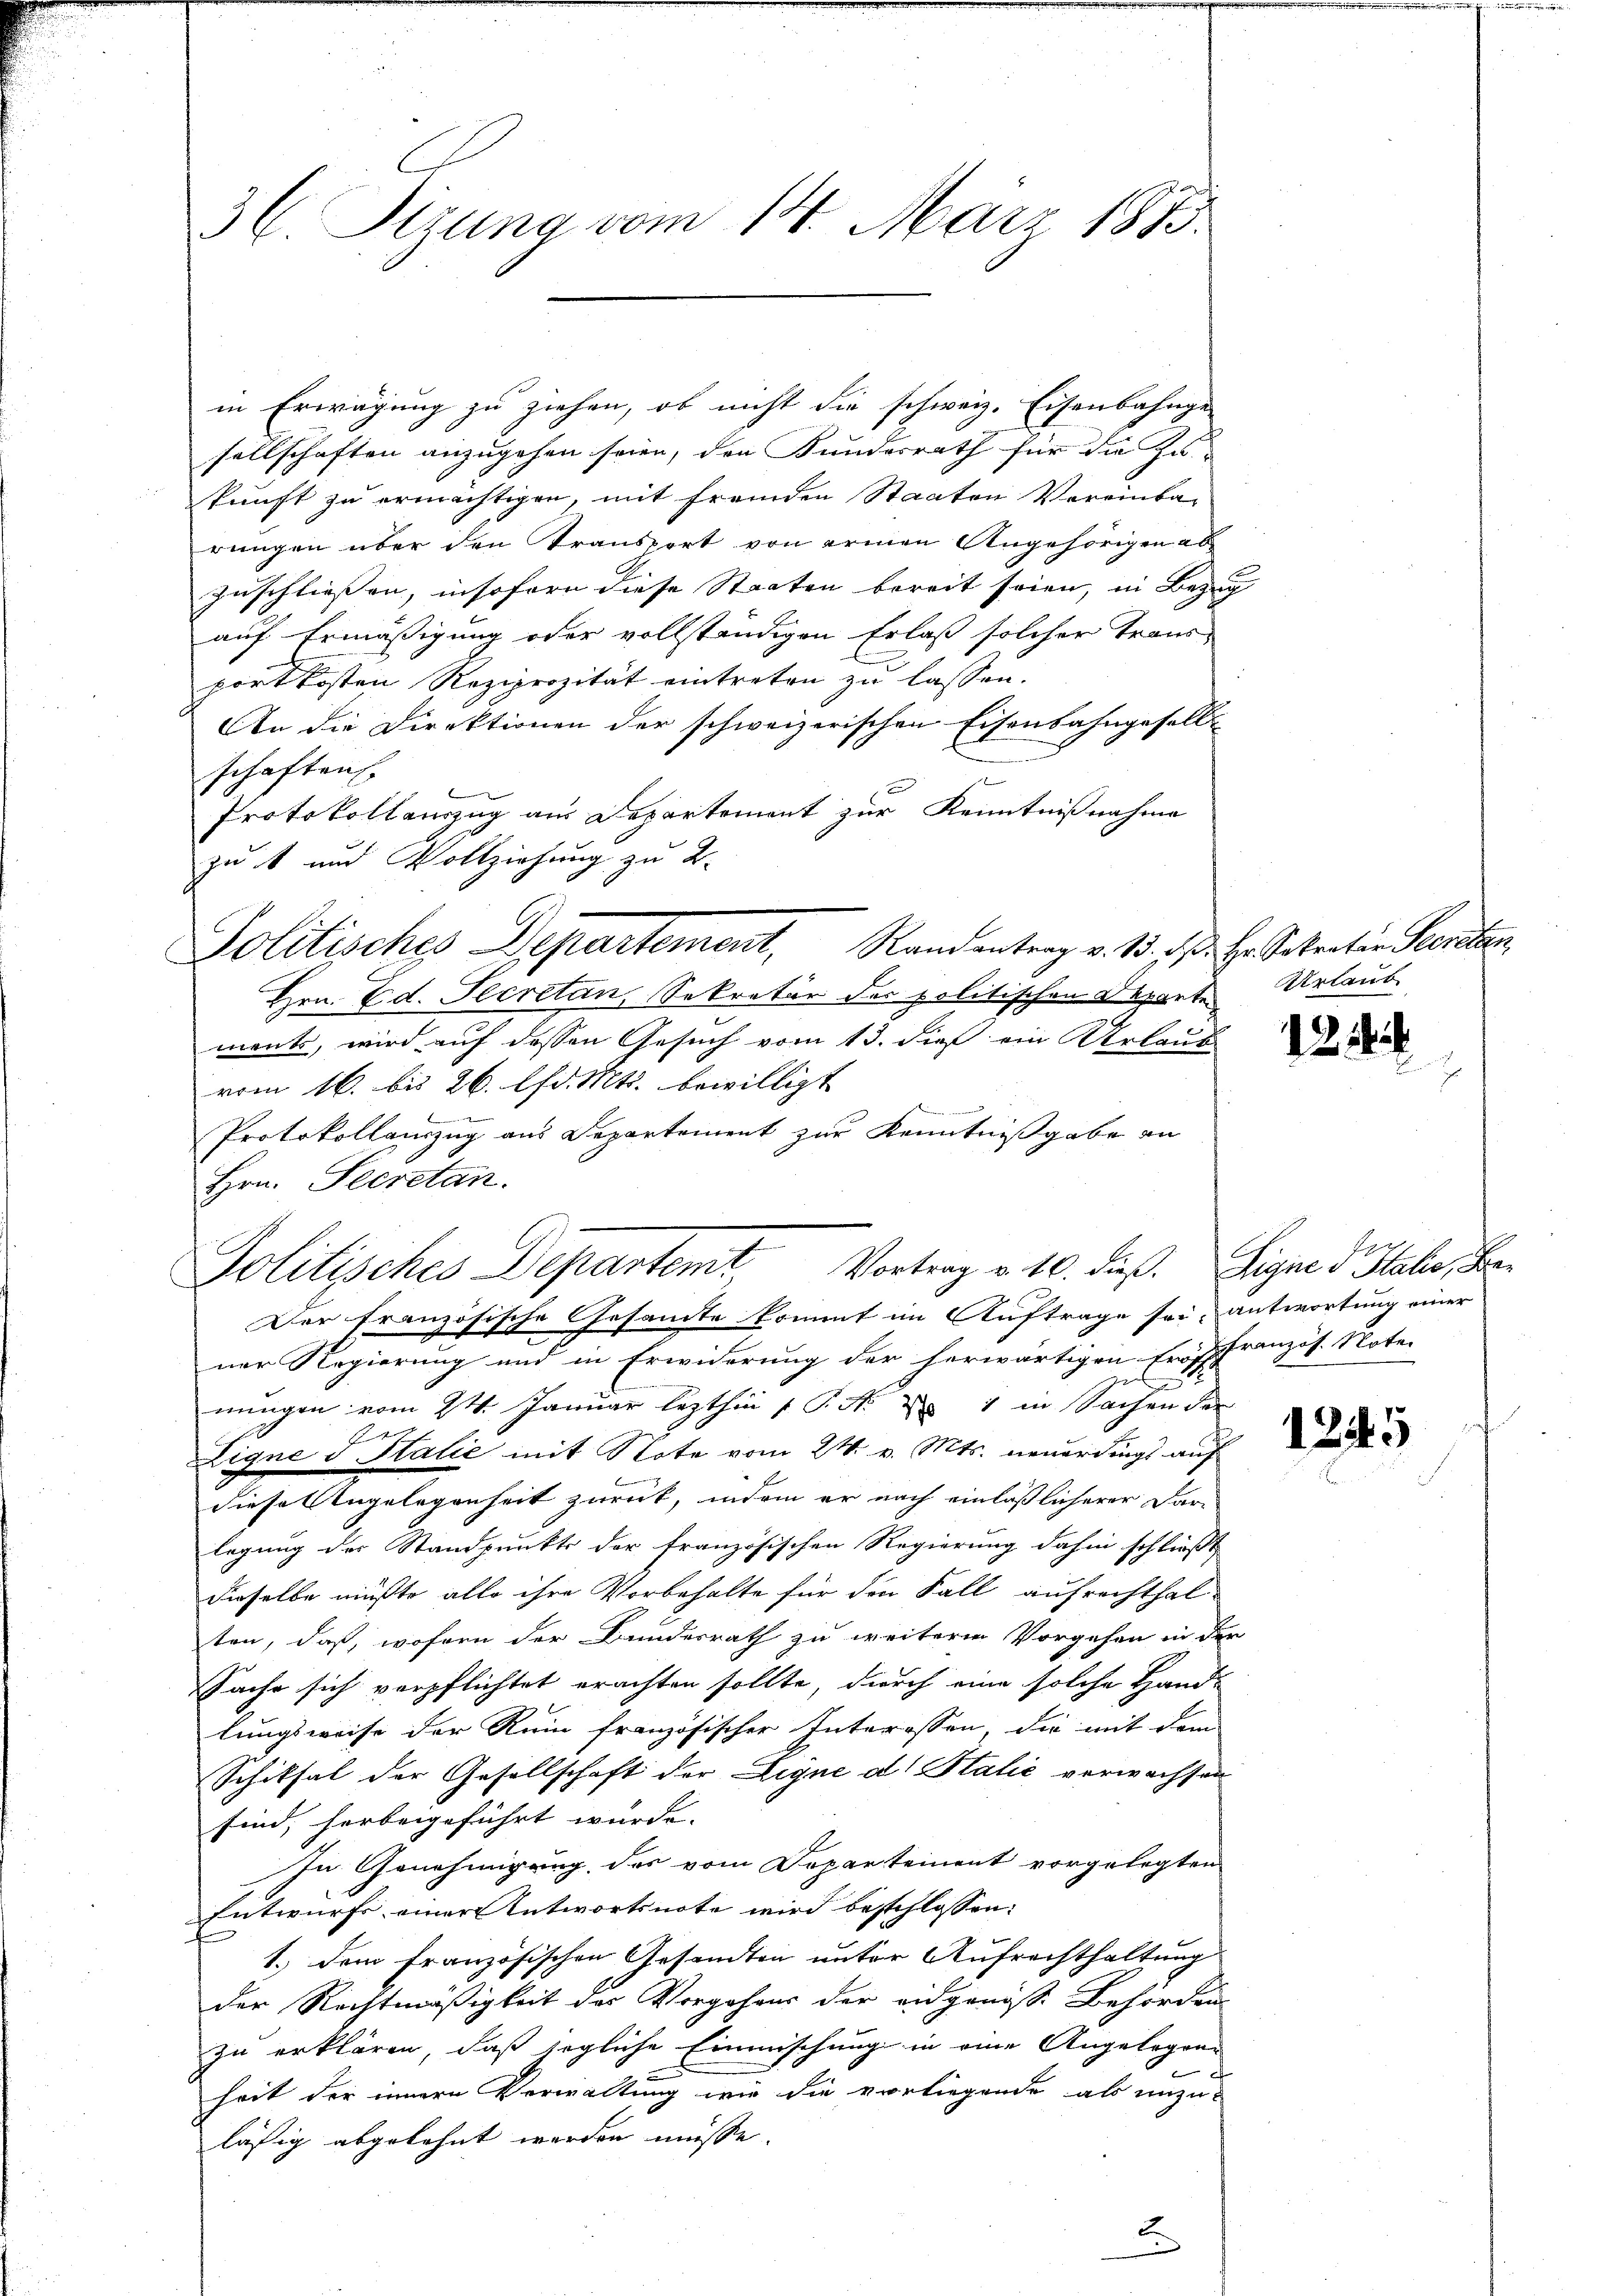
3 l. Sizung vom 14. März 1873.

in Erwägung zu ziehen, ob nicht die schweiz. Eisenbahnge-
sellschaften anzugehen seien, den Bundesrath für die Zu-
kunft zu ermächtigen, mit fremden Staaten Vereinba-
rungen über den Transport von erinen Angehörigen ab
Zuschliessen, insofern diese Staaten bereit seien, in Bezug
auf Ermäßigung oder vollständigen Erlaß solcher Transportkosten Reziprozität eintreten zu lassen.
An die Direktionen der schweizerischen Eisenbahngesells
schaften
2
Protokollauszug aus Departement zur Kenntnißnahme
zu 1 und Vollziehung zu 2.
Politisches Departement, Randentrag v. 135. ds. Hr. Staaten Secreten
Hrn. Ed. Secretan, Sekretär der politischen Departe Urlaubments, wird auf dessen Gesuch vom 13. dieß ein Urlaub
vom 16. bis 26. lfd. Mts. bewilligt
Protokollauszug aus Departement zur Kenntnißgabe an
Hrn. Secretan.
Der französische Gesandte kommt im Auftrage sei, antwortung einer
ner Regierung und in Erwiderung der herwärtigen Eröffranzös. Noter
nungen vom 24. Januar lezthin  P. Nr. 1 in Sachen der
Ligne d Italić mit Note vom 24. v. Mts. neuerdings auf
diese Angelegenheit zurück, indem er nach einläßlicherer Darlegung des Standpunkts der französischen Regierung dahin schließt
dieselbe mußte alle ihre Vorbehalte für den Fall aufrechthal-
ten, daß, wofern der Bundesrath zu weitere Vorgehen in der
Sache sich verpflichtet erachten sollte, durch eine solche Hand-
lungsweise der Ruin französischer Interessen, die mit dem
Schiksal der Gesellschaft der Eigne d. Stalić verwachsen
sind, herbeigeführt wurde. |
In Genehmigung des vom Departement vorgelegten
Entwurf einer Antwortsnote wird beschlossen:
1.) Dem französischen Gesandten unter Aufrechthaltung
der Rechtmäßigkeit des Vorgehens der eidgenösse Behörden
zu erklären, daß segliche Einmischung in eine Angelegen
heit der innern Verwaltung wie die vorliegende als unzu-
läßig abgelehnt werden müsse.
F

Politisches Departemt Vortrag v. 10. dieß. Eigen 3 Stabe, Be¬

2

1245